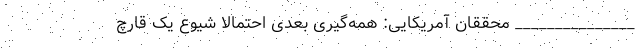
_______________ محققان آمریکایی: همه‌گیری بعدی احتمالا شیوع یک قارچ